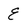
Character: E